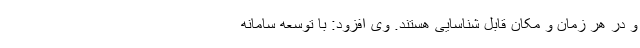
و در هر زمان و مکان قابل شناسایی هستند. وی افزود: با توسعه سامانه